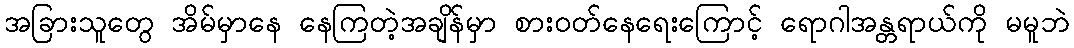
အခြားသူတွေ အိမ်မှာနေ နေကြတဲ့အချိန်မှာ စားဝတ်နေရေးကြောင့် ရောဂါအန္တရာယ်ကို မမူဘဲ